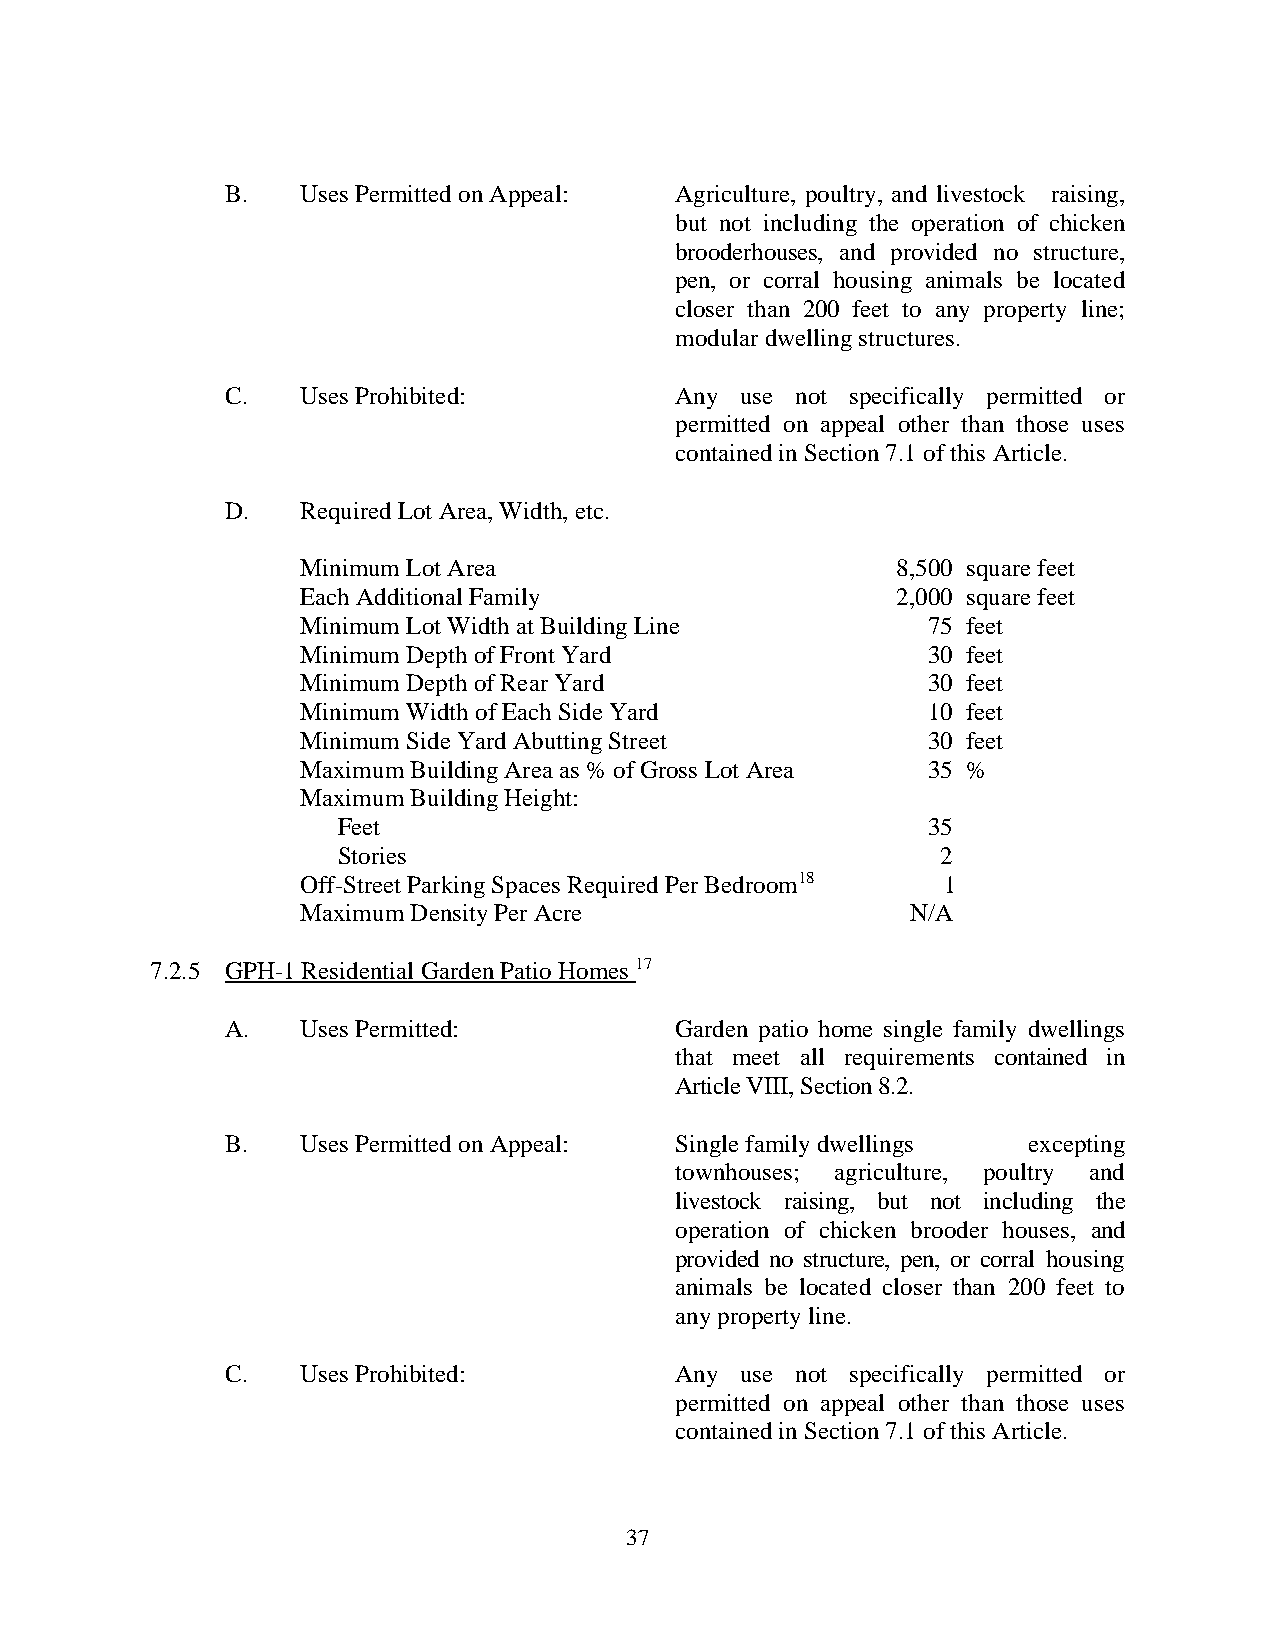
B.   Uses Permitted on Appeal: Agriculture, poultry, and livestock raising,
 but not including the operation of chicken
 brooderhouses, and provided no structure,
 pen, or corral housing animals be located
 closer than 200 feet to any property line;
 modular dwelling structures.
 C.   Uses Prohibited:         Any use not specifically permitted or
 permitted on appeal other than those uses
 contained in Section 7.1 of this Article.
 D.   Required Lot Area, Width, etc.
 Minimum Lot Area                       8,500 square feet
 Each Additional Family                 2,000 square feet
 Minimum Lot Width at Building Line       75 feet
 Minimum Depth of Front Yard              30 feet
 Minimum Depth of Rear Yard               30 feet
 Minimum Width of Each Side Yard          10 feet
 Minimum Side Yard Abutting Street        30 feet
 Maximum Building Area as % of Gross Lot Area 35 %
 Maximum Building Height:
 Feet                                   35
 Stories                                 2
 Off-Street Parking Spaces Required Per Bedroom18 1
 Maximum Density Per Acre                N/A
 7.2.5 GPH-1 Residential Garden Patio Homes 17
 A.   Uses Permitted:          Garden patio home single family dwellings
 that meet all requirements contained in
 Article VIII, Section 8.2.
 B.   Uses Permitted on Appeal: Single family dwellings excepting
 townhouses; agriculture, poultry and
 livestock raising, but not including the
 operation of chicken brooder houses, and
 provided no structure, pen, or corral housing
 animals be located closer than 200 feet to
 any property line.
 C.   Uses Prohibited:         Any use not specifically permitted or
 permitted on appeal other than those uses
 contained in Section 7.1 of this Article.
 37